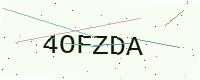
Text: 4OFZDA